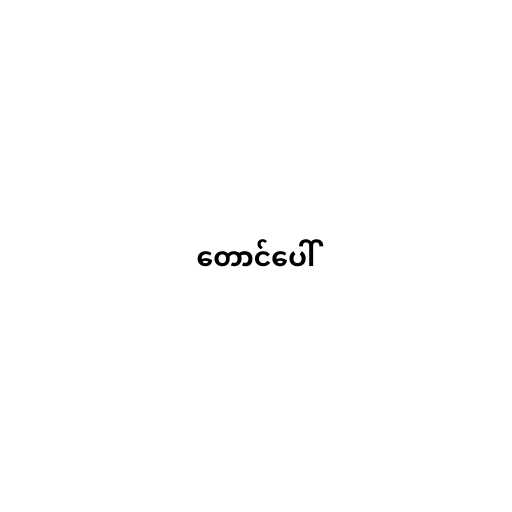
တောင်ပေါ်